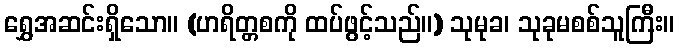
ရွှေအဆင်းရှိသော။ (ဟရိတ္တစကို ထပ်ဖွင့်သည်။) သုမုခ၊ သုခုမစစ်သူကြီး။